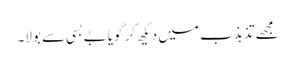
مجھے تذبذب میں دیکھ کر گویا بے بسی سے بولا۔